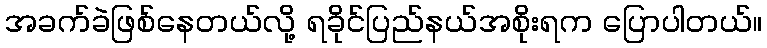
အခက်ခဲဖြစ်နေတယ်လို့ ရခိုင်ပြည်နယ်အစိုးရက ပြောပါတယ်။